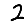
Digit: 2